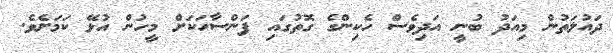
ދައުލަތުން މިއަދު ބުނީ އަދިވެސް ހެކިންގެ ގޮތުގައި ފަންސާހަކަށް މީހުން އުޅޭ ކަމަށެވެ.